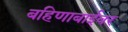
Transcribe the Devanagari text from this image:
बहिणाबाईवर